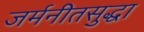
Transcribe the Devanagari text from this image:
जर्मनीतसुद्धा